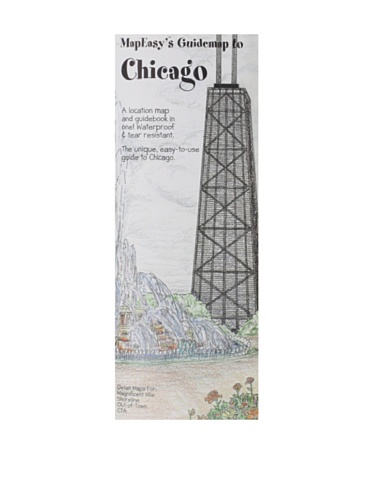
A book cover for MapEasy's Guidemap to Chicago; MapEasy; Travel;